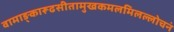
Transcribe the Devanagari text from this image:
वामाङ्कारूढसीतामुखकमलमिलल्लोचनं